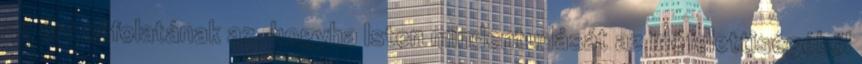
az érv cáfolatának az, hogyha Isten mindentudását az időfelettiségéből